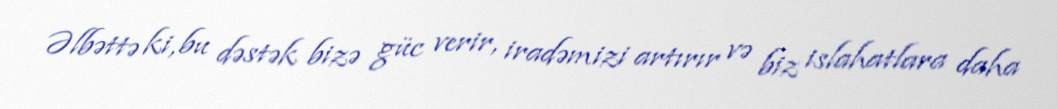
Əlbəttə ki, bu dəstək bizə güc verir, iradəmizi artırır və biz islahatlara daha